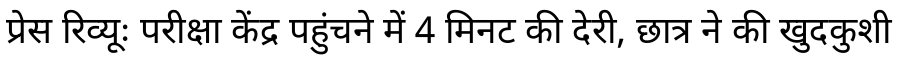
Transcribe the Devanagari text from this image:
प्रेस रिव्यूः परीक्षा केंद्र पहुंचने में 4 मिनट की देरी, छात्र ने की खुदकुशी